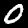
Label: 0